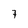
Character: 7